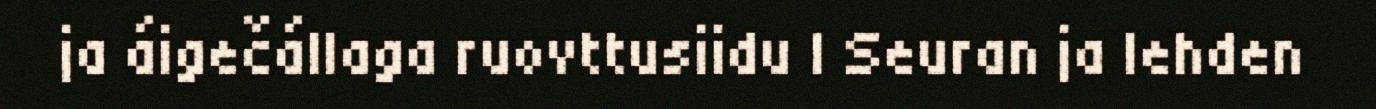
ja áigečállaga ruovttusiidu | Seuran ja lehden